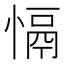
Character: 𢡍